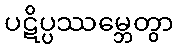
ပဋိပ္ပဿမ္ဘေတွာ